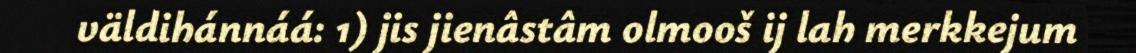
väldihánnáá: 1) jis jienâstâm olmooš ij lah merkkejum